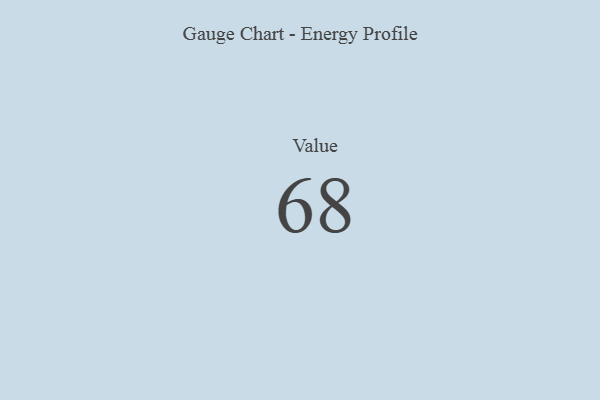
{"axis": {"x": "Metric", "y": "Value"}, "legend": [""], "data": [{"x": "Value", "y": 68, "type": ""}]}